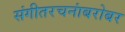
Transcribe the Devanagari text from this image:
संगीतरचनांबरोबर